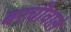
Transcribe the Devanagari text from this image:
बरचीवाले